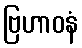
ဗြဟာဝနံ